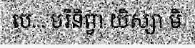
បេ... បរិនិព្វា យិស្សា មិ